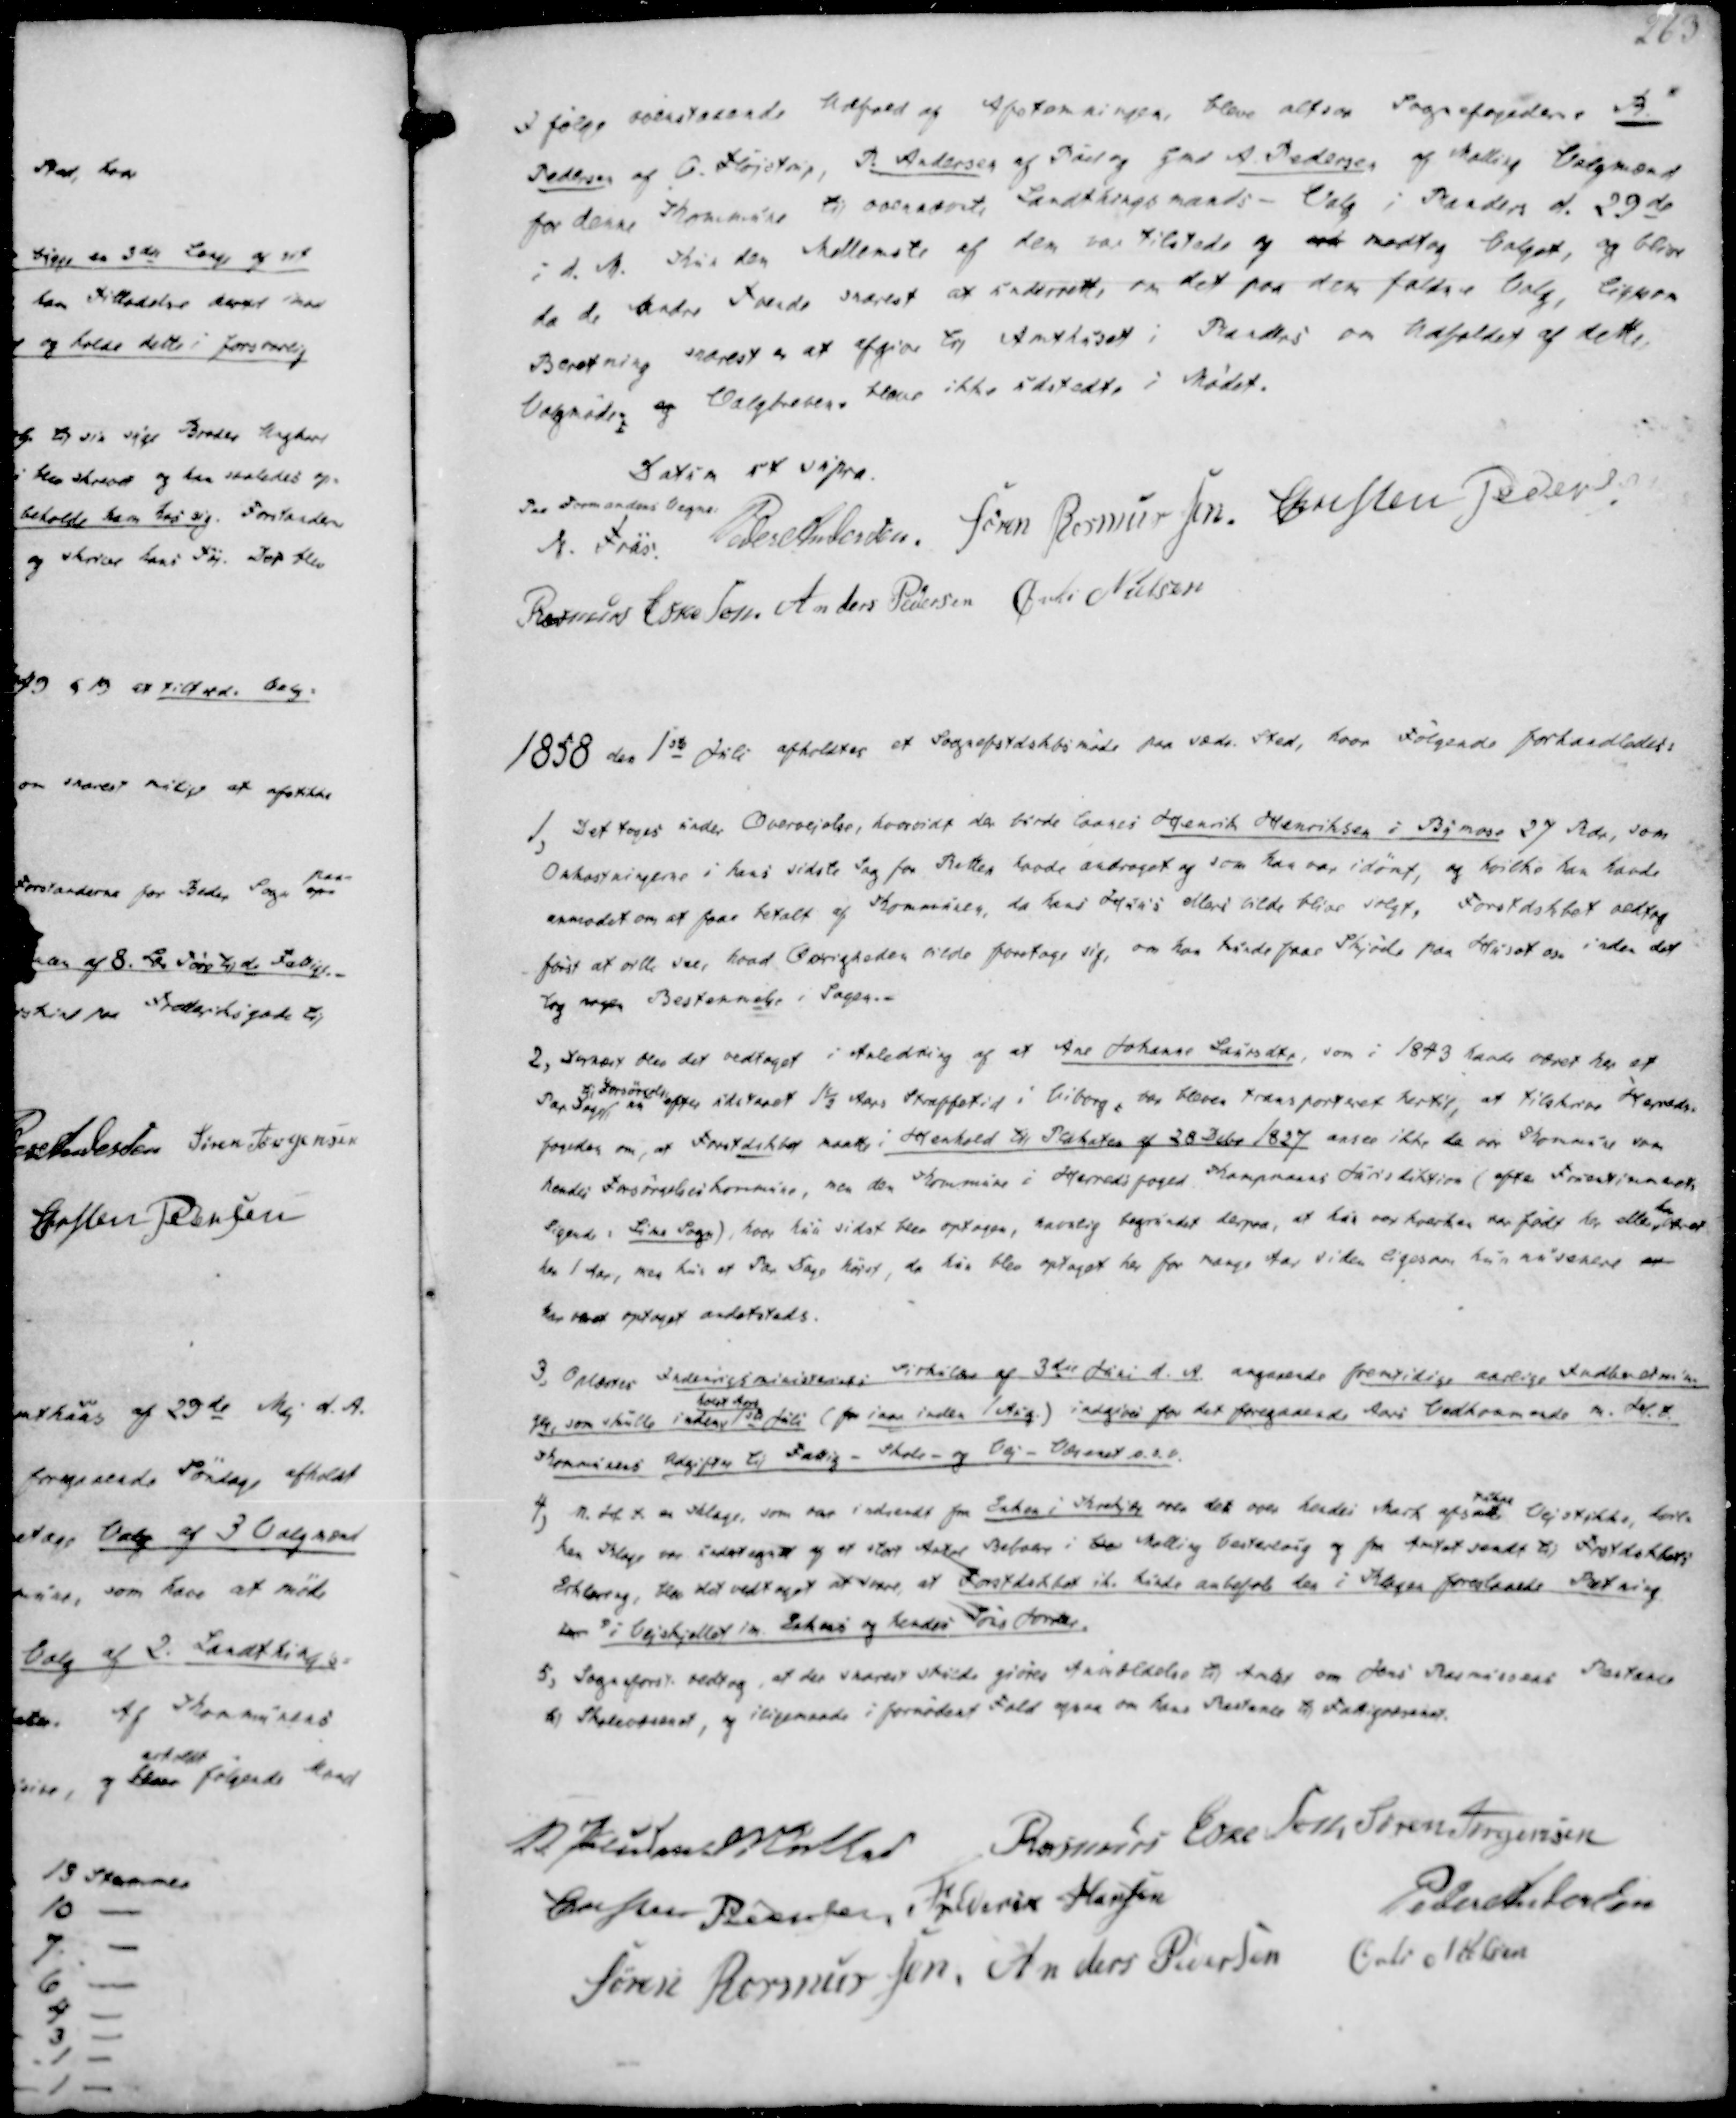
Transskription:
I følge ovenstaaende Udfold af Afstemningen, bleve altsaa Sognefogederne R.
Pedersen af O. Fløjstrup, P. Andersen af Pøel og Gmd A. Pedersen af Malling Valgmænd
for denne Kommune til ovennævnte Landsthingsmands- Valg i Randers d. 29de
i d.M. Kun den Mellemste af dem var Tilstede og erk modtog Valget, og blive
da de andre Tvende snarest at underrette, om det paa dem faldne Valg, ligesom
Beretning snarest er at afgive til Amthuset i Randers om Udfaldet af dette
Valgmøde. og Valgbrevene bleve ikke udstedte i Mødet.

Datum ut Supra.
Paa Formandens Vegne:
N. Friis.
Peder Andersen.
Søren Rasmussen.
Christen Pedersen.
Rasmus Eskesen.
Anders Pedersen
Øvli Nielsen

1858 den 1ste Juli afholdtes et Sognefstdskbsmøde paa sædv. Sted, hvor Følgende forhandledes:

1, Det toges under Overvejelse, hvorvidt der burde laanes Henrik Henriksen i Bymose 27 Rdr, som
Omkostningerne i hans sidste Sag for Retten havde andraget og som han var idømt, og hvilke han havde
anmodet om at faae betalt af Kommunen, da hans Huus ellers vilde blive solgt, Forstdskbet vedtog
først at ville see, hvad Øvrigheden vilde foretage sig, om han kunde faae Skjøde paa Huset osv inden det
tog nogen Bestemmelse i Sage.
2, Dernæst blev det vedtaget i Anledning af at Ane Johanne Lausdtr, som i 1843 havde været har et
Par Dage
til Forsørgelse
nu efter udstaaet 1½ Aars Straffetid i Viborg, var bleven transporteret hertil, at tilskrive Herreds-
fogeden om, at Forstdskbet maatte i Henhold til Plakaten af 28 Dcbr 1827 ansee ikke de var Kommune som
hendes Forsørgelseskommune, men den Kommune i Herredsfoged Kampmanns Jurisdiktion (efter Fruentimmerets
sigende: Lime Sogn), hvor hun sidst blev optagen, navnlig begrundet derpaa, at hun var hverken var født her eller
har
været
her 1 Aar, men kun et Par Dage højst, da hun blev optaget her for mange Aar siden ligesom hun nu senere er
har været optaget andetsteds.

3, Oplæstes Indenrigsministeriets Sirkulære af 3die Juni d. A. angaaende fremtidige aarlige Indberetnin-
ger, som skulle inden
holst Aars
1ste Juli (for iaar inden 1 Aug.) indgives for det foregaaende Aars Vedkommende m.H.t.
Kommunens Udgifter til Fattig- Skole- og Vej- Væsenet o.s.v.
4) M.H.t. en Klage, som var indsendt fra Enken i Krekjær over det over hendes Mark afsatte
sikre
Vejstykke, hvil-
ken Klage var undertegnet af et stort Antal Beboere i Ve Malling Vesterlaug og fra Amtet sendt til Frstdskbets
Erklæring, blev det vedtaget at svare, at Forstdskbet ik. kunde anbefale den i Klagen foreslaaadede Retning
her i Vejskjellet im. Enkens og hendes Søns Jorder.
5, Sogneforst. vedtog, at der snarest skulde giøres Anmældelse til Amtet om Jens Rasmussens Restance
til Skolevæsenet, og iligemaade i fornødent Fald ogsaa om hans Restance til Fattigvæsenet.

V Paludan Müller
Rasmus Eskesen
Søren Jørgensen
Christen Pedersen
Frederik Hansen
Peder Andersen
Søren Rasmussen
Anders Pedersen
Øvli Nielsen